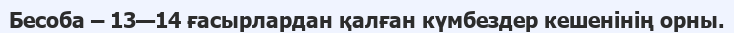
Бесоба – 13—14 ғасырлардан қалған күмбездер кешенінің орны.